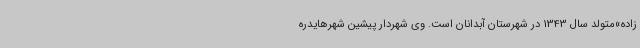
زاده»متولد سال 1343 در شهرستان آبدانان است. وی شهردار پیشین شهرهایدره